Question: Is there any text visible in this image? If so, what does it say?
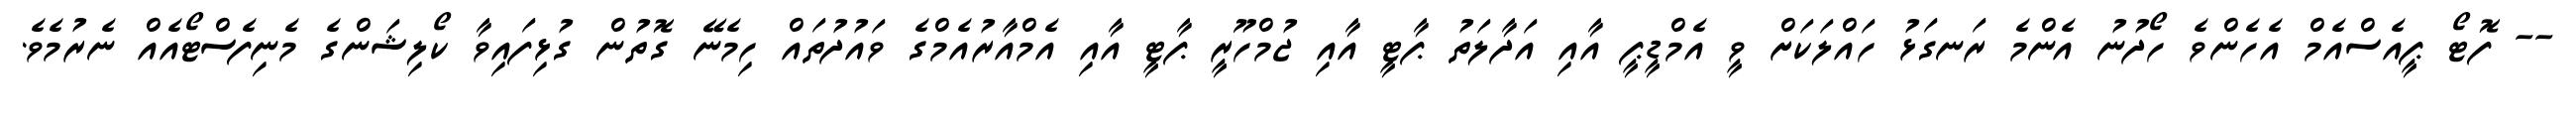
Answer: -- ފޮޓޯ ޕީއެސްއެމް އެހެންވެ ހޯދުނު އެންމެ ރަނގަޅު ހައްލަކަށް ވީ އެމްޑީޕީ އާއި އަދާލަތު ޕާޓީ އާއި ޖުމްހޫރީ ޕާޓީ އާއި އެމްއާރުއެމްގެ ވައުދުތައް ހިމެނޭ ގޮތުން ގުޅިފައިވާ ކޯލިޝަންގެ މެނިފެސްޓޯއެއް ނެރުމެވެ.